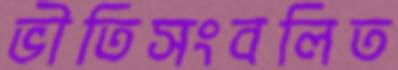
ভীতিসংবলিত